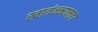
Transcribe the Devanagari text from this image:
स्वातंन्न्यलढा